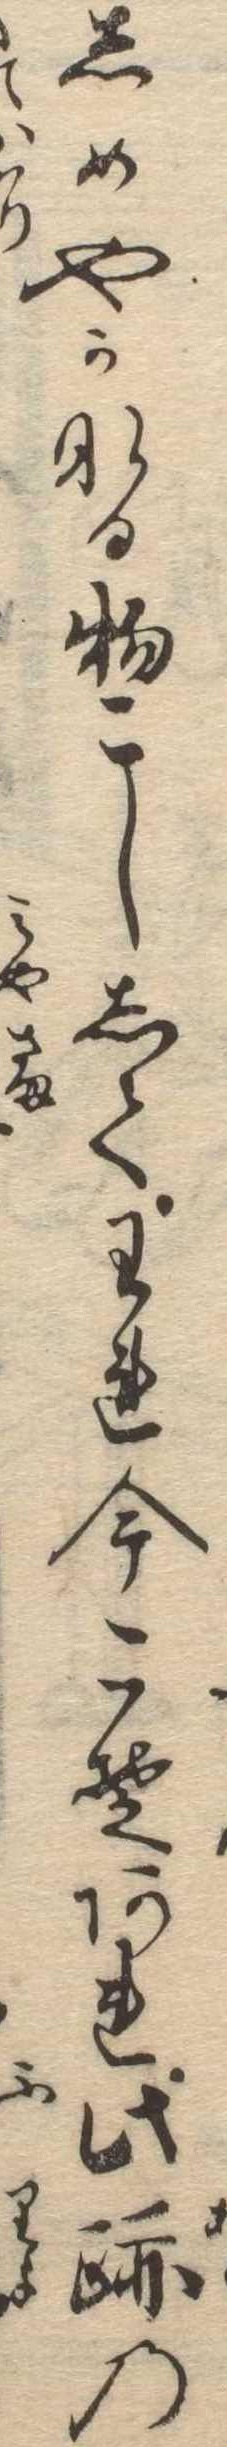
しめやかなる物こししてわれ今こそあれ此跡の